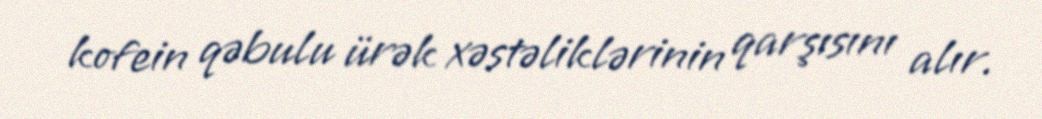
kofein qəbulu ürək xəstəliklərinin qarşısını alır.